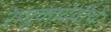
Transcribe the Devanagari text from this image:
रेणूकादेवीचे